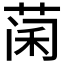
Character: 𮶨